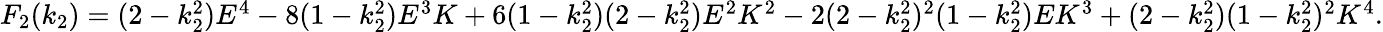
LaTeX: \begin{array}{r}{F_{2}(k_{2})=(2-k_{2}^{2})E^{4}-8(1-k_{2}^{2})E^{3}K+6(1-k_{2}^{2})(2-k_{2}^{2})E^{2}K^{2}-2(2-k_{2}^{2})^{2}(1-k_{2}^{2})EK^{3}+(2-k_{2}^{2})(1-k_{2}^{2})^{2}K^{4}.}\end{array}